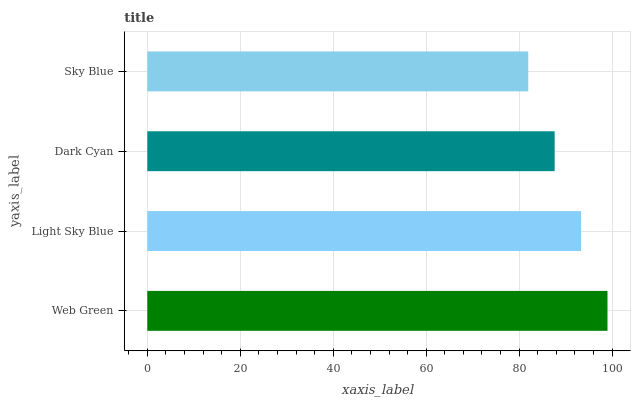
| yaxis_label | bars |
 | --- | --- |
 | Web Green | 99 |
 | Light Sky Blue | 93.3 |
 | Dark Cyan | 87.6 |
 | Sky Blue | 82 |